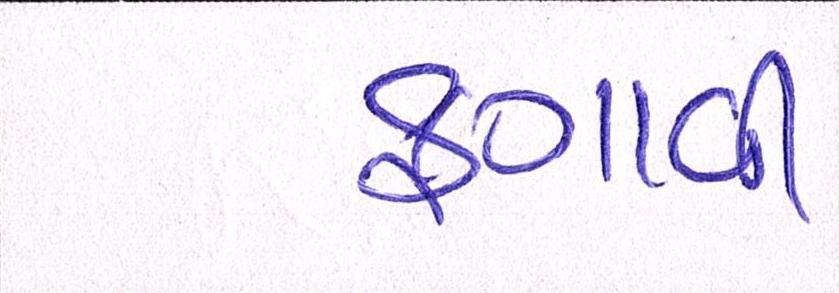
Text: ફગાવી